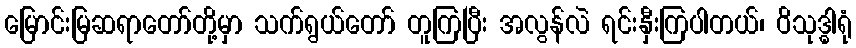
မြောင်းမြဆရာတော်တို့မှာ သက်ရွယ်တော် တူကြပြီး အလွန်လဲ ရင်းနှီးကြပါတယ်၊ ဝိသုဒ္ဓါရုံ